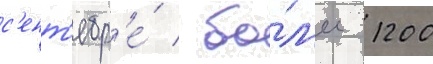
с'ент'ябр'е́ / бо́л'ее 1200